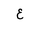
Letter: _ayn